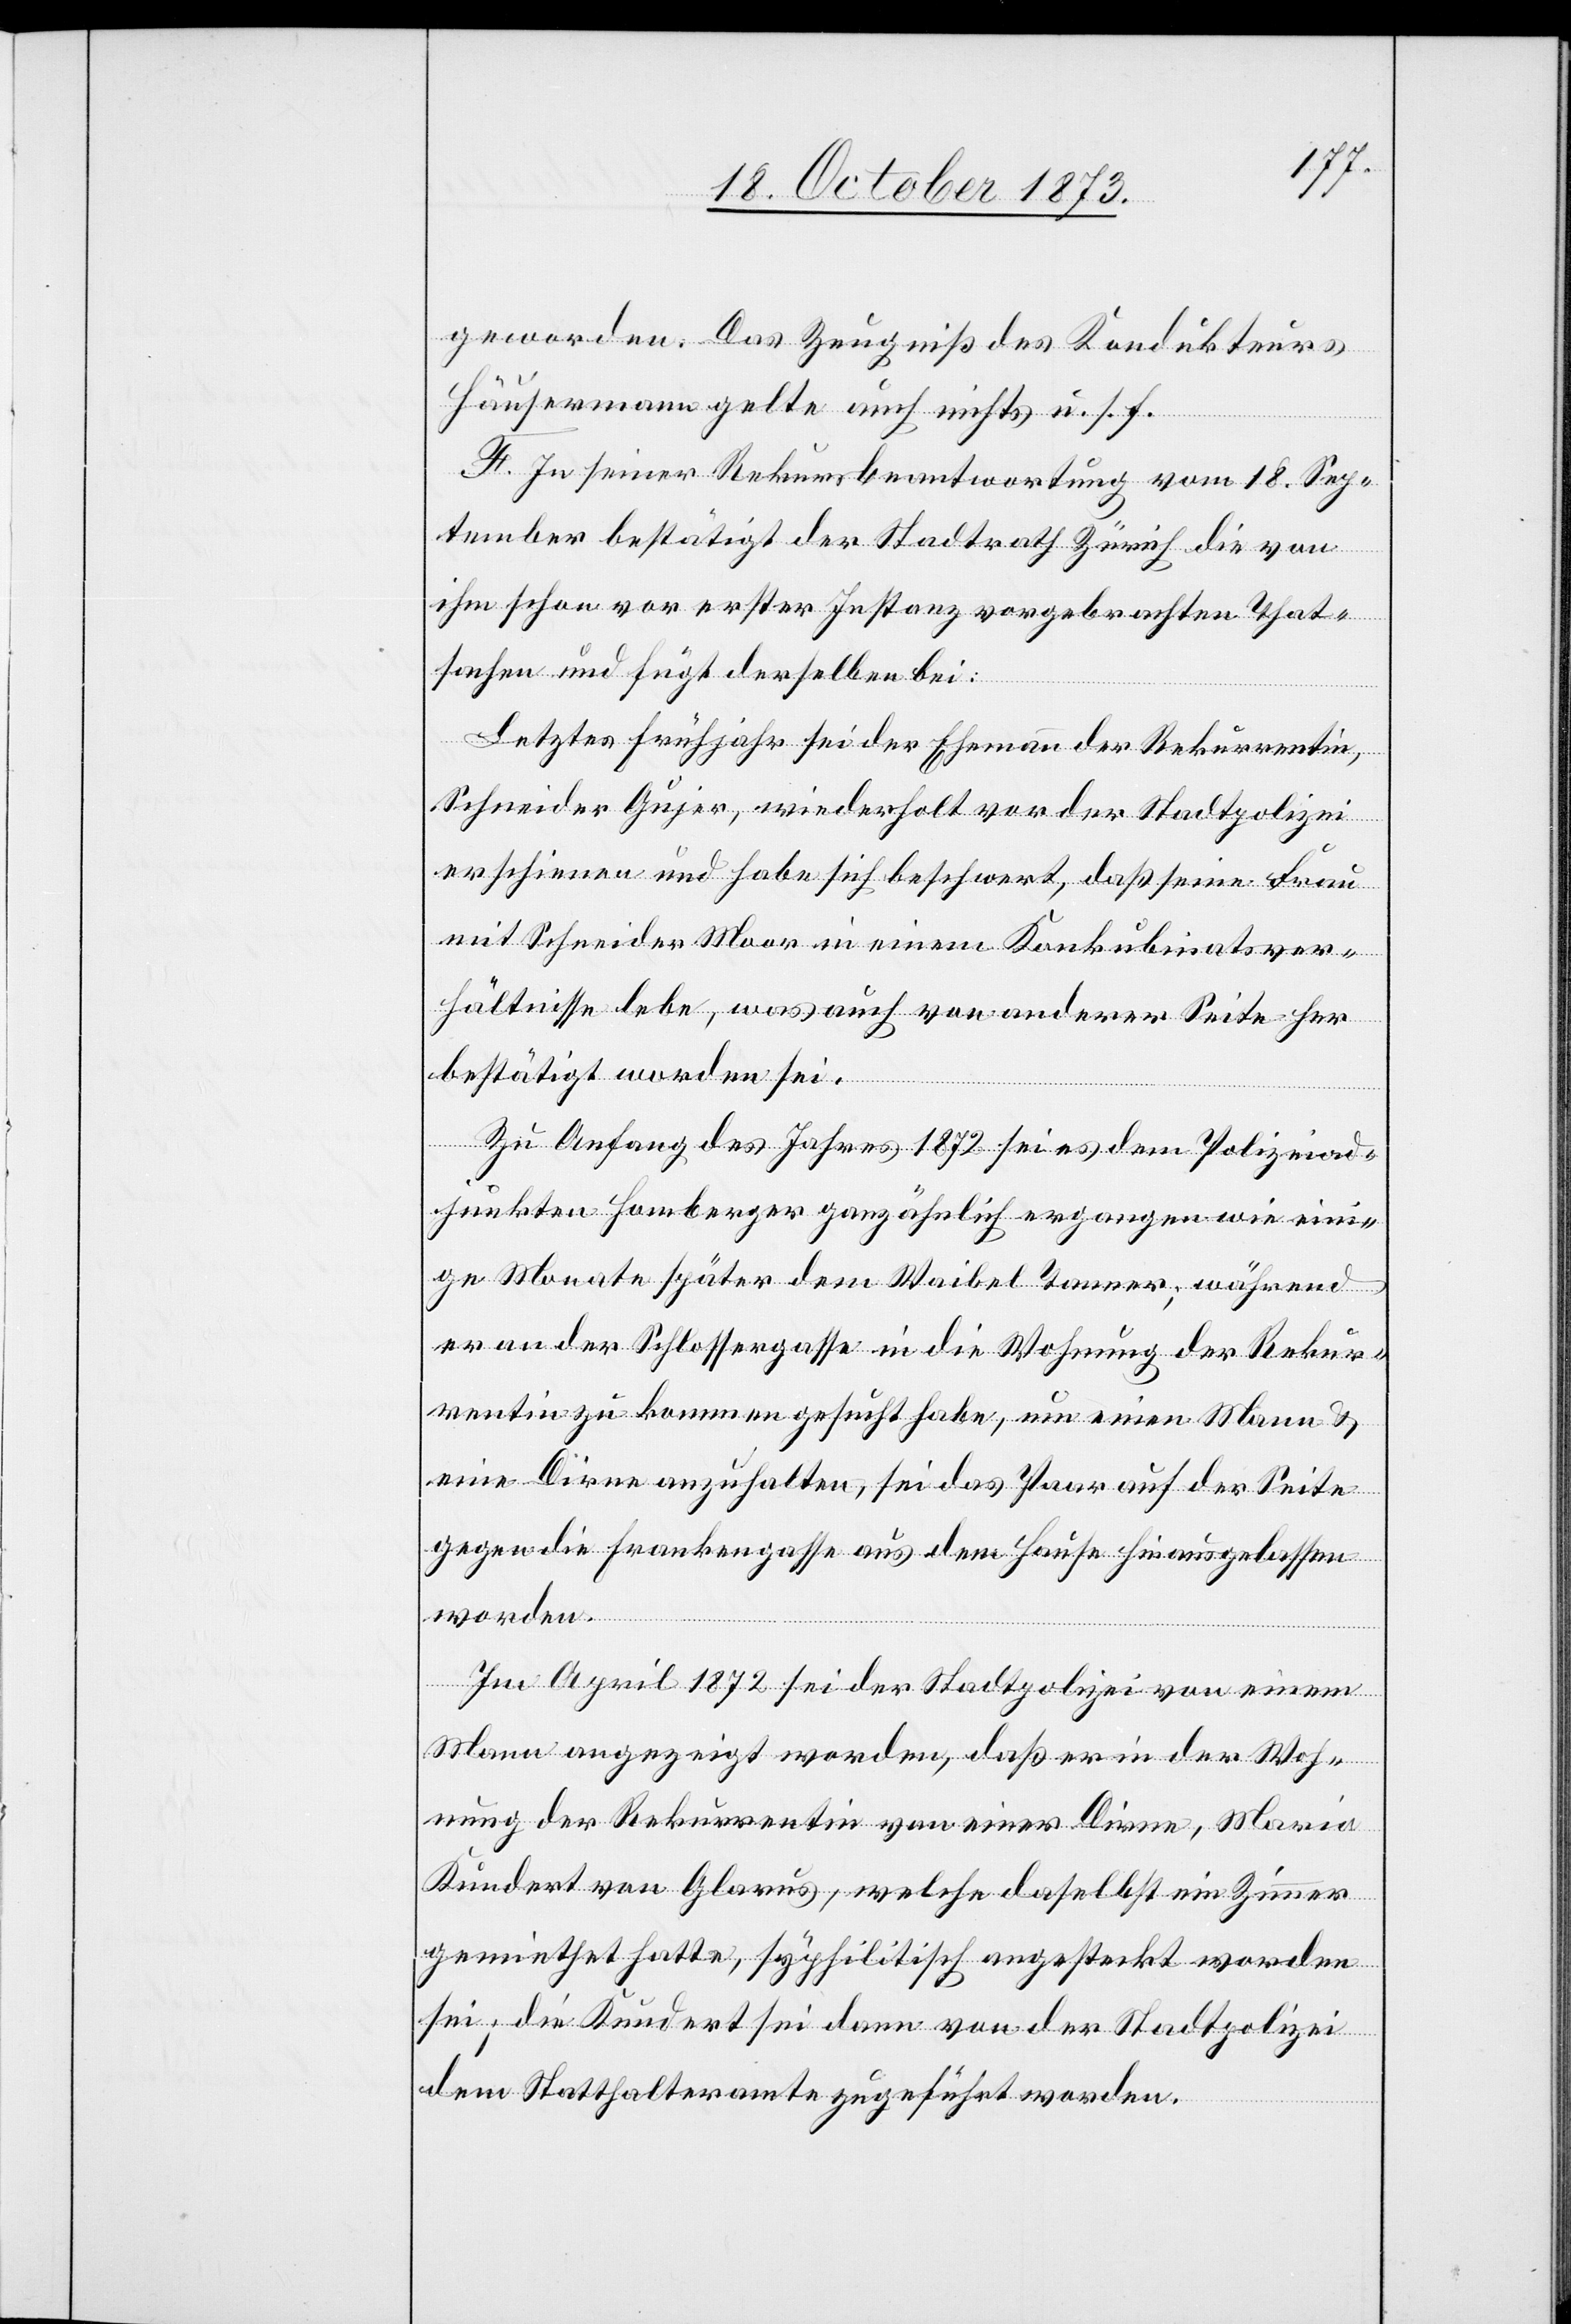
geworden. Das Zeugniß des Kondukteurs
Häuserman gelte auch nichts u. s. f.
F. In seiner Rekursbeantwortung vom 18. Sep¬
tember bestätigt der Stadtrath Zürich die von
ihm schon vor erster Instanz vorgebrachten That¬
sachen und fügt derselben bei:
Letztes Frühjahr sei der Ehemann der Rekurrentin,
Schneider Gujer, wiederholt vor der Stadtpolizei
erschienen und habe sich beschwert, daß seine Frau
mit Schneider Moor in einem Konkubinatsver¬
hältnisse lebe, was auch von anderer Seite her
bestätigt worden sei.
Zu Anfang des Jahres 1872 sei es dem Polizeiad¬
junkten Homberger ganz ähnlich ergangen wie eini¬
ge Monate später dem Waibel Tanner; während
er an der Schlossergasse in die Wohnung der Rekur¬
rentin zu kommen gesucht habe, um einen Mann &
eine Dirne anzuhalten, sei das Paar auf der Seite
gegen die Frankengasse aus dem Hause hinausgelassen
worden.
Im April 1872 sei der Stadtpolizei von einem
Mann angezeigt worden, daß er in der Woh¬
nung der Rekurrentin von einer Dirne, Maria
Kundert von Glarus, welche daselbst ein Zimmer
gemiethet hatte, syphilitisch angesteckt worden
sei; die Kundert sei dann von der Stadtpolizei
dem Statthalteramte zugeführt worden.